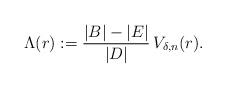
LaTeX: \begin{align*}\Lambda(r):=\frac{|B|-|E|}{|D|}\,V_{\delta,n}(r).\end{align*}